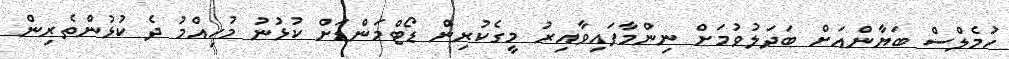
ހުމެލްސް ބަޔާންއަށް ބަދަލުވުމަށް ނިންމާފައިވާއިރު މީގެކުރިން ޑޯޓްމަންޑަށް ކުޅުނު މުހިއްމު ދެ ކުޅުންތެރިން